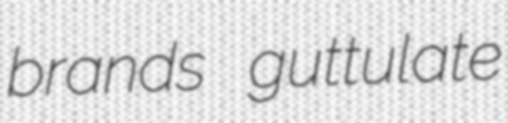
brands guttulate